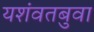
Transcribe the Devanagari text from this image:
यशंवतबुवा